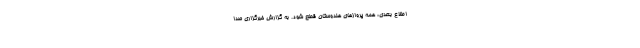
اطلاع بعدی، همه پرواز‌های هندوستان قطع شود. به گزارش خبرگزاری صدا